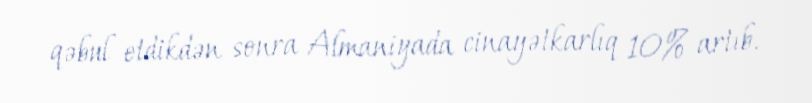
qəbul etdikdən sonra Almaniyada cinayətkarlıq 10% artıb.